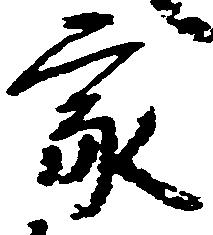
家